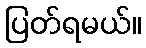
ပြတ်ရမယ်။